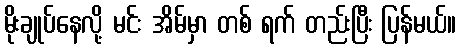
မိုးချုပ်နေလို့ မင်း အိမ်မှာ တစ် ရက် တည်းပြီး ပြန်မယ်။